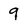
Character: 9